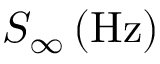
S _ { \infty } \, ( \mathrm { H z } )